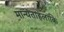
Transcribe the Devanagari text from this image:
मान्यताहलांकि